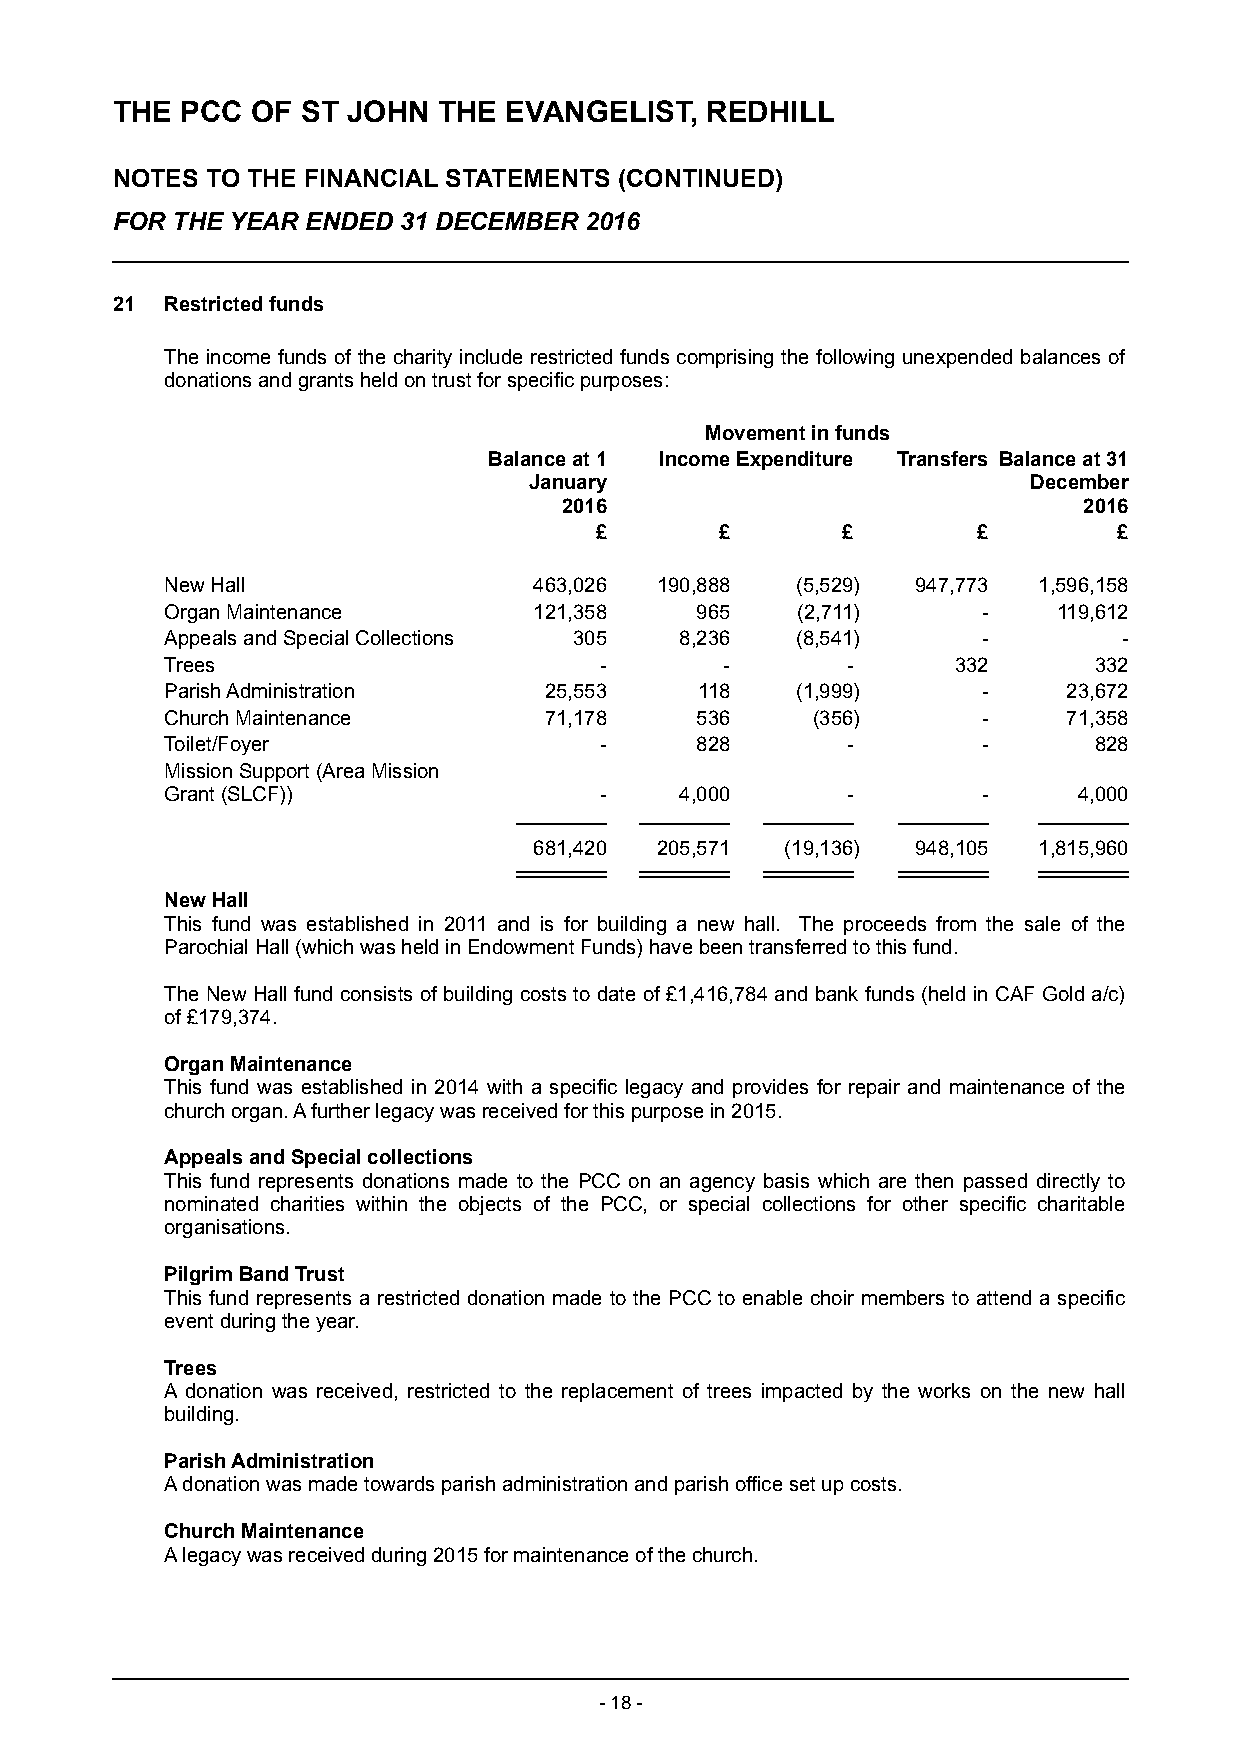
THE  PCC  OF ST JOHN  THE EVANGELIST,   REDHILL
 NOTES  TO THE FINANCIAL STATEMENTS (CONTINUED)
 FOR THE YEAR ENDED 31 DECEMBER  2016
 21  Restricted funds
 The income funds of the charity include restricted funds comprising the following unexpended balances of
 donations and grants held on trust for specific purposes:
 Movement in funds
 Balance at 1 Income Expenditure Transfers Balance at 31
 January                          December
 2016                               2016
 £        £       £        £        £
 New Hall                463,026 190,888   (5,529) 947,773 1,596,158
 Organ Maintenance       121,358    965    (2,711)     -    119,612
 Appeals and Special Collections 305 8,236 (8,541)     -        -
 Trees                        -       -       -      332      332
 Parish Administration    25,553    118    (1,999)     -     23,672
 Church Maintenance       71,178    536     (356)      -     71,358
 Toilet/Foyer                 -     828       -        -      828
 Mission Support (Area Mission
 Grant (SLCF))                -    4,000      -        -     4,000
 681,420 205,571  (19,136) 948,105 1,815,960
 New Hall
 This fund was established in 2011 and is for building a new hall. The proceeds from the sale of the
 Parochial Hall (which was held in Endowment Funds) have been transferred to this fund.
 The New Hall fund consists of building costs to date of £1,416,784 and bank funds (held in CAF Gold a/c)
 of £179,374.
 Organ Maintenance
 This fund was established in 2014 with a specific legacy and provides for repair and maintenance of the
 church organ. A further legacy was received for this purpose in 2015.
 Appeals and Special collections
 This fund represents donations made to the PCC on an agency basis which are then passed directly to
 nominated charities within the objects of the PCC, or special collections for other specific charitable
 organisations.
 Pilgrim Band Trust
 This fund represents a restricted donation made to the PCC to enable choir members to attend a specific
 event during the year.
 Trees
 A donation was received, restricted to the replacement of trees impacted by the works on the new hall
 building.
 Parish Administration
 A donation was made towards parish administration and parish office set up costs.
 Church Maintenance
 A legacy was received during 2015 for maintenance of the church.
 - 18 -